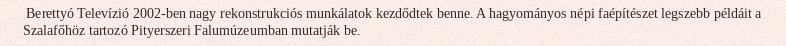
Berettyó Televízió 2002-ben nagy rekonstrukciós munkálatok kezdődtek benne. A hagyományos népi faépítészet legszebb példáit a Szalafőhöz tartozó Pityerszeri Falumúzeumban mutatják be.